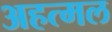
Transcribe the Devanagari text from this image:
अहत्मल